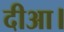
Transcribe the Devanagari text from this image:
दीआ।